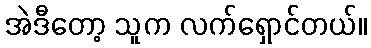
အဲဒီတော့ သူက လက်ရှောင်တယ်။